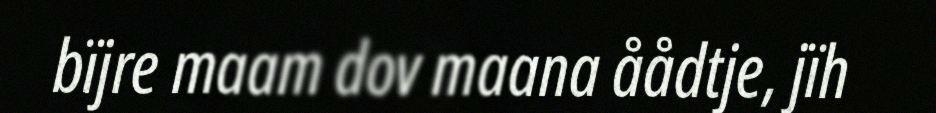
bïjre maam dov maana åådtje, jïh